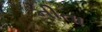
નીતા